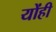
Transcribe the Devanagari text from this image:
योंही